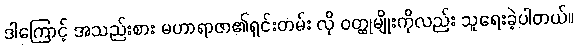
ဒါကြောင့် အသည်းစား မဟာရာဇာ၏ရှင်းတမ်း လို ဝတ္ထုမျိုးကိုလည်း သူရေးခဲ့ပါတယ်။